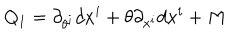
Q _ { 1 } = \partial _ { \theta ^ { i } } d x ^ { i } + \theta \partial _ { x ^ { i } } d x ^ { i } + M